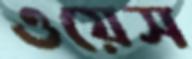
ওয়েস